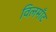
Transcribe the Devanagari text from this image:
विलमाँट